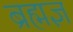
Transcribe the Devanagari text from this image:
ब्रह्मज्ञ